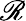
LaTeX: \mathscr{R}